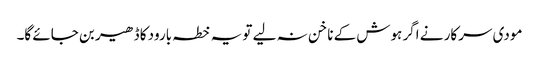
مودی سرکار نے اگر ہوش کے ناخن نہ لیے تو یہ خطہ بارود کا ڈھیر بن جائے گا۔